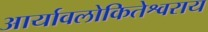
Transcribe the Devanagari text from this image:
आर्यावलोकितेश्वराय